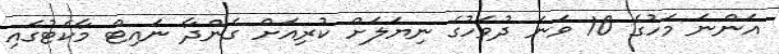
އަންނަ މަހުގެ 10 ވަނަ ދުވަހުގެ ނިޔަލަށް ކުރިއަށް ގެންދާ ނައިޓް މާކެޓުގައި